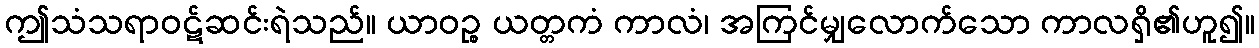
ဤသံသရာဝဋ်ဆင်းရဲသည်။ ယာဝဉ္စ ယတ္တကံ ကာလံ၊ အကြင်မျှလောက်သော ကာလရှိ၏ဟူ၍။